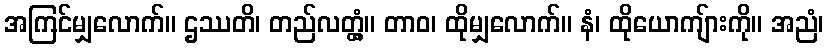
အကြင်မျှလောက်။ ဌဿတိ၊ တည်လတ္တံ့။ တာဝ၊ ထိုမျှလောက်။ နံ၊ ထိုယောကျ်ားကို။ အညံ၊